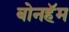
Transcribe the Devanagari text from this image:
बोनहॅम